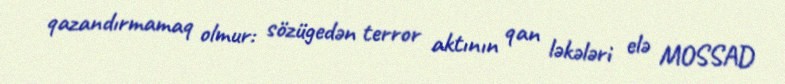
qazandırmamaq olmur: sözügedən terror aktının qan ləkələri elə MOSSAD